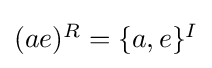
{\textstyle (ae)^{R}=\{a,e\}^{I}}